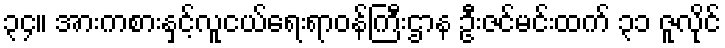
၃၄။ အားကစားနှင့်လူငယ်ရေးရာဝန်ကြီးဌာန ဦးဇင်မင်းထက် ၃၁ ဇူလိုင်